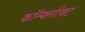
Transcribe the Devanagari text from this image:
कॉन्फ्लीक्ट